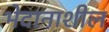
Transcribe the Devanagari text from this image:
भेदानाशील